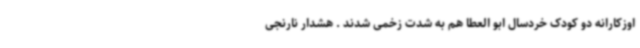
اوزکارانه دو کودک خردسال ابو العطا هم به شدت زخمی شدند . هشدار نارنجی